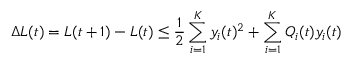
\Delta L ( t ) = L ( t + 1 ) - L ( t ) \leq { \frac { 1 } { 2 } } \sum _ { i = 1 } ^ { K } y _ { i } ( t ) ^ { 2 } + \sum _ { i = 1 } ^ { K } Q _ { i } ( t ) y _ { i } ( t )